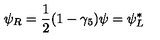
\psi _ { R } = \frac { 1 } { 2 } ( 1 - \gamma _ { 5 } ) \psi = \psi _ { L } ^ { * }